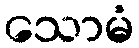
သောမံ